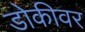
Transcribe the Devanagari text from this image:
डोकीवर